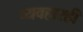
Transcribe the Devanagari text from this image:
व्यवहारही